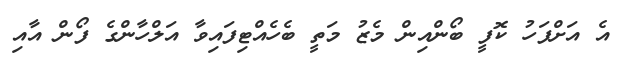
އެ އަށްފަހު ކޮފީ ބޯންއިން މެޒު މަތީ ބެހެއްޓިފައިވާ އަލްހާންގެ ފޯން އާއި